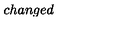
c h a n g e d